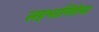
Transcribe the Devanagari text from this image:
सहभागितेचा